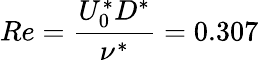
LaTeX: Re=\frac{U_{0}^{*}D^{*}}{\nu^{*}}=0.307